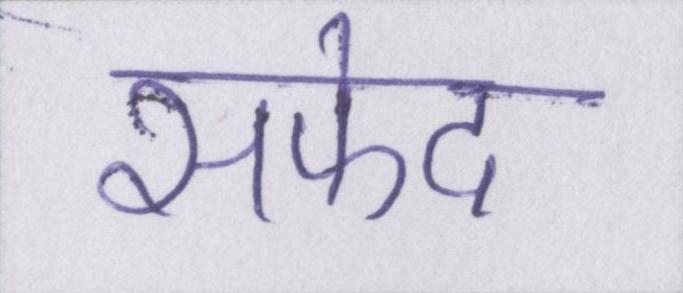
सफेद